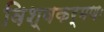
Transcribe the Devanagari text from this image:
विश्वकर्मणः